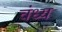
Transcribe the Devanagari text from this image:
वंध्य